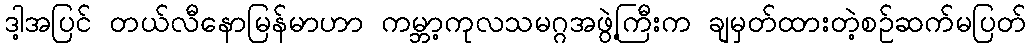
ဒါ့အပြင် တယ်လီနောမြန်မာဟာ ကမ္ဘာ့ကုလသမဂ္ဂအဖွဲ့ကြီးက ချမှတ်ထားတဲ့စဉ်ဆက်မပြတ်